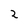
Character: 2